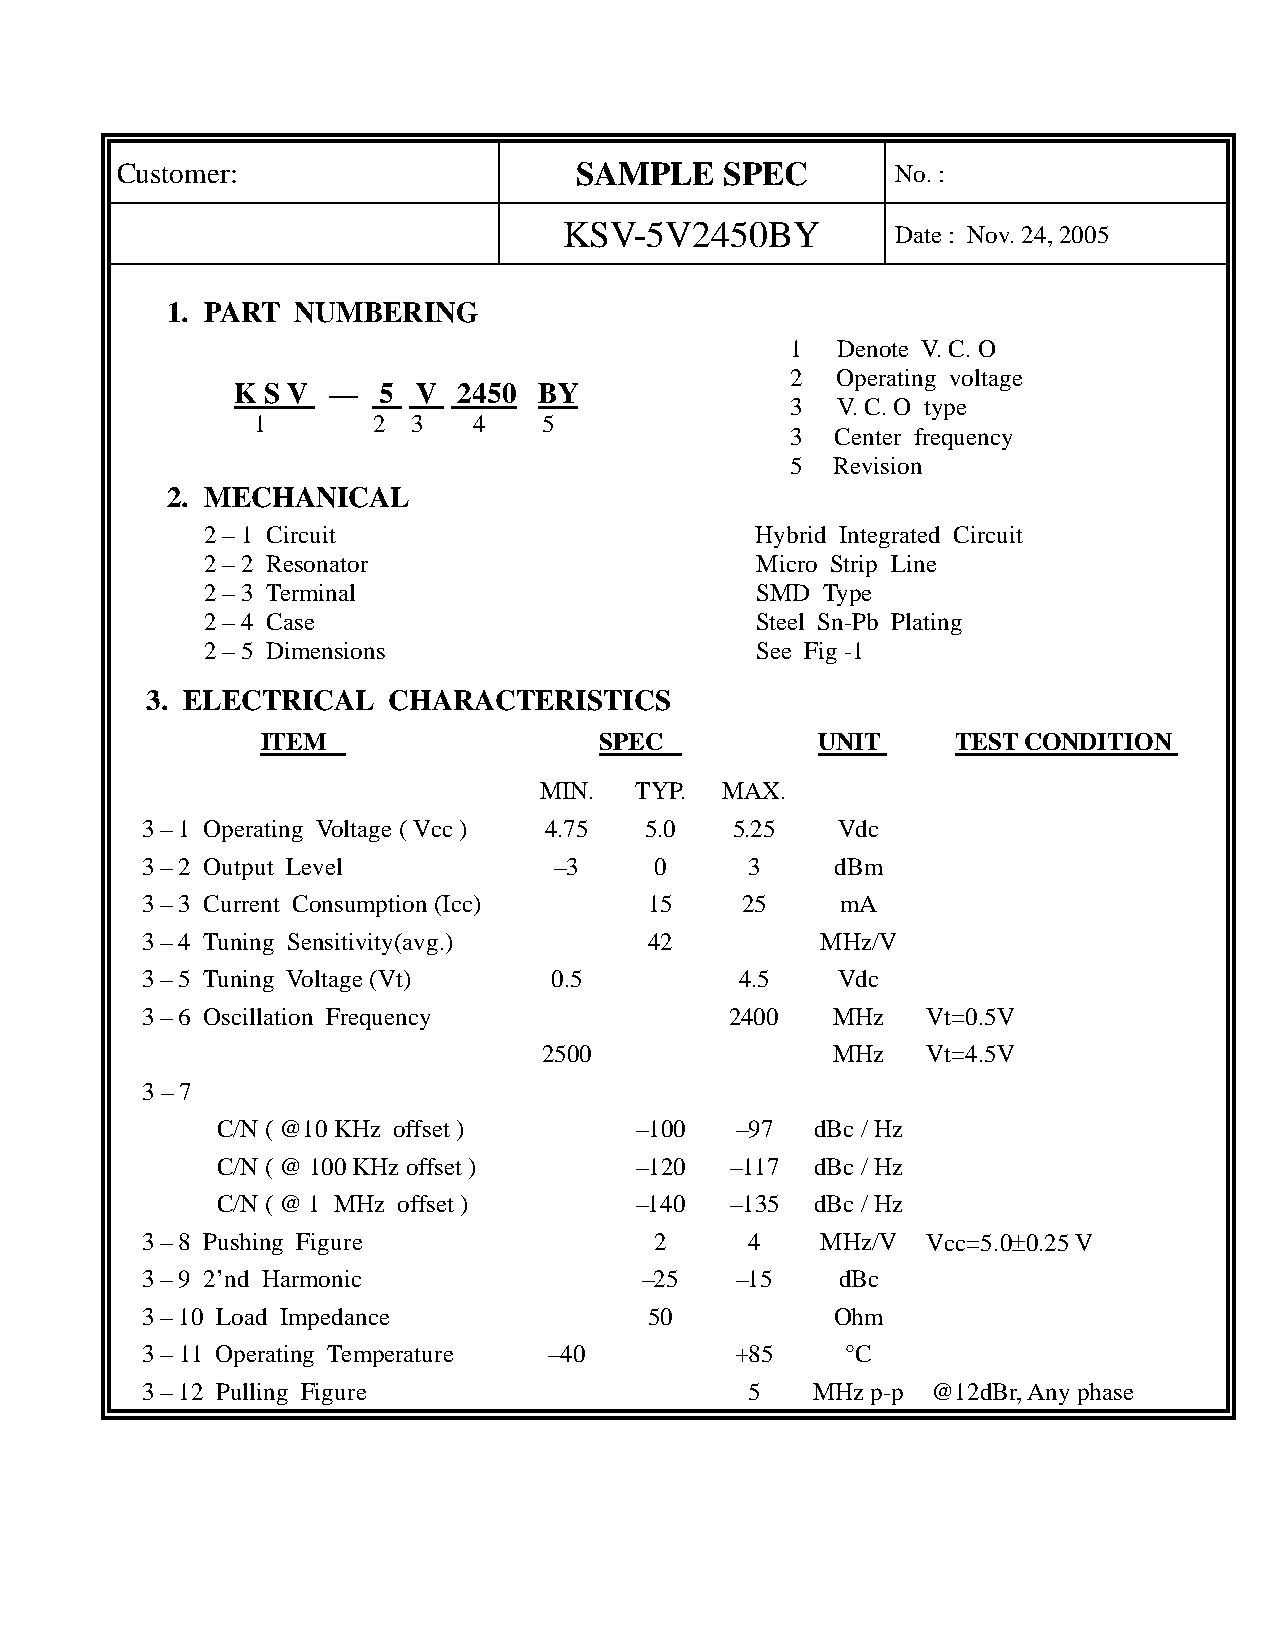
Customer:                     SAMPLE    SPEC       No. :
 KSV-5V2450BY          Date : Nov. 24, 2005
 1. PART NUMBERING
 1  Denote V. C. O
 2  Operating voltage
 K S V  —  5  V 2450  BY
 3  V. C. O type
 1       2 3   4    5
 3  Center frequency
 5  Revision
 2. MECHANICAL
 2 – 1 Circuit                       Hybrid Integrated Circuit
 2 – 2 Resonator                     Micro Strip Line
 2 – 3 Terminal                      SMD Type
 2 – 4 Case                          Steel Sn-Pb Plating
 2 – 5 Dimensions                    See Fig -1
 3. ELECTRICAL   CHARACTERISTICS
 ITEM                   SPEC          UNIT     TEST CONDITION
 MIN.  TYP.  MAX.
 3 – 1 Operating Voltage ( Vcc ) 4.75 5.0 5.25 Vdc
 3 – 2 Output Level          –3    0      3    dBm
 3 – 3 Current Consumption (Icc)   15    25     mA
 3 – 4 Tuning Sensitivity(avg.)    42         MHz/V
 3 – 5 Tuning Voltage (Vt)  0.5          4.5   Vdc
 3 – 6 Oscillation Frequency            2400   MHz   Vt=0.5V
 2500               MHz   Vt=4.5V
 3 – 7
 C/N ( @10 KHz offset )      –100   –97  dBc / Hz
 C/N ( @ 100 KHz offset )    –120  –117  dBc / Hz
 C/N ( @ 1 MHz offset )      –140  –135  dBc / Hz
 3 – 8 Pushing Figure              2      4   MHz/V  Vcc=5.0±0.25 V
 3 – 9 2’nd Harmonic               –25   –15    dBc
 3 – 10 Load Impedance             50          Ohm
 3 – 11 Operating Temperature –40        +85    °C
 3 – 12 Pulling Figure                    5   MHz p-p @12dBr, Any phase